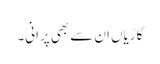
گاڑیاں ان سے بھی پرانی۔